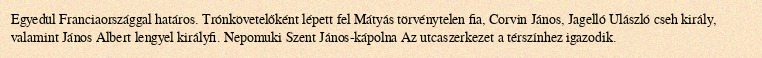
Egyedül Franciaországgal határos. Trónkövetelőként lépett fel Mátyás törvénytelen fia, Corvin János, Jagelló Ulászló cseh király, valamint János Albert lengyel királyfi. Nepomuki Szent János-kápolna Az utcaszerkezet a térszínhez igazodik.